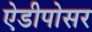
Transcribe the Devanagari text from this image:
ऐडीपोसर